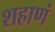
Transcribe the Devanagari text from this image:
शहाणं